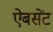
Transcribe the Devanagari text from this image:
ऐबसेंट